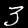
Label: 3